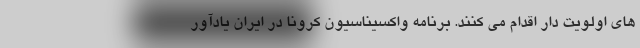
های اولویت دار اقدام می کنند. برنامه واکسیناسیون کرونا در ایران یادآور